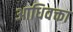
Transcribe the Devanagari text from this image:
आधिवक्ता